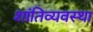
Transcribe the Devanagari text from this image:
शांतिव्यवस्था